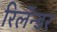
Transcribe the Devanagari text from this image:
रिलॅन्डर